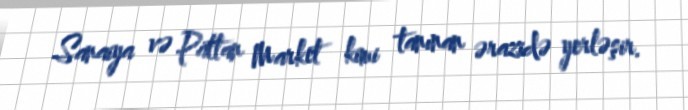
Sanaiya və Pattan Market kimi tanınan ərazidə yerləşir.